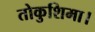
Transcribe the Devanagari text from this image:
तोकुशिमा।